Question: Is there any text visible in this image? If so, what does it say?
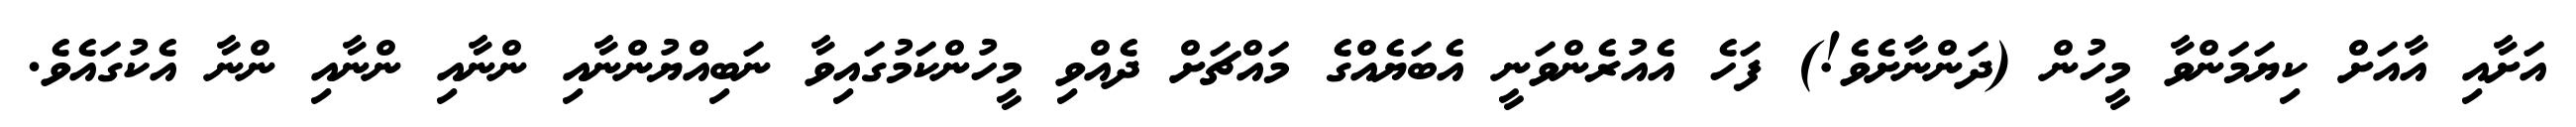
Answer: އަށާއި އާއަށް ކިޔަމަންވާ މީހުން (ދަންނާށެވެ!) ފަހެ އެއުރެންވަނީ އެބަޔެއްގެ މައްޗަށް ދެއްވި މީހުންކަމުގައިވާ ނަބިއްޔުންނާއި ންނާއި ންނާއި ންނާ އެކުގައެވެ.